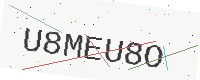
Text: U8MEU8O